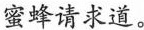
”蜜蜂请求道。